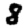
Digit: 8